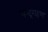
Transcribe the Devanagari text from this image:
चन्द्रगहण